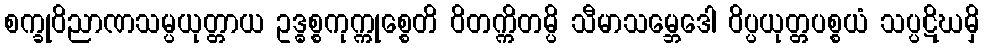
စက္ခုဝိညာဏသမ္ပယုတ္တာယ ဥဒ္ဓစ္စကုက္ကုစ္စေတိ ဝိတက္ကိတမ္ပိ သီမာသမ္ဘေဒေါ ဝိပ္ပယုတ္တပစ္စယံ သပ္ပဋိဃမှိ